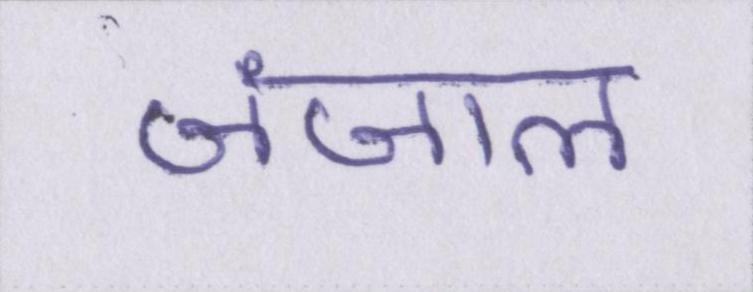
जंजाल